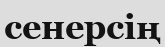
сенерсің